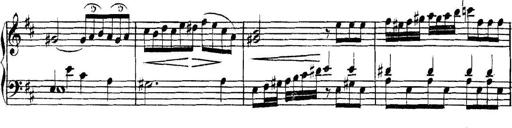
Title: Collected Piano Sonatas
Composer: Muzio Clementi